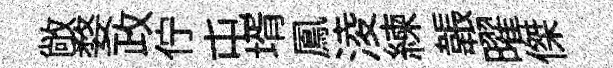
敞婺政佇屯壻鳳淩練韔曜傑